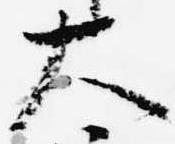
大